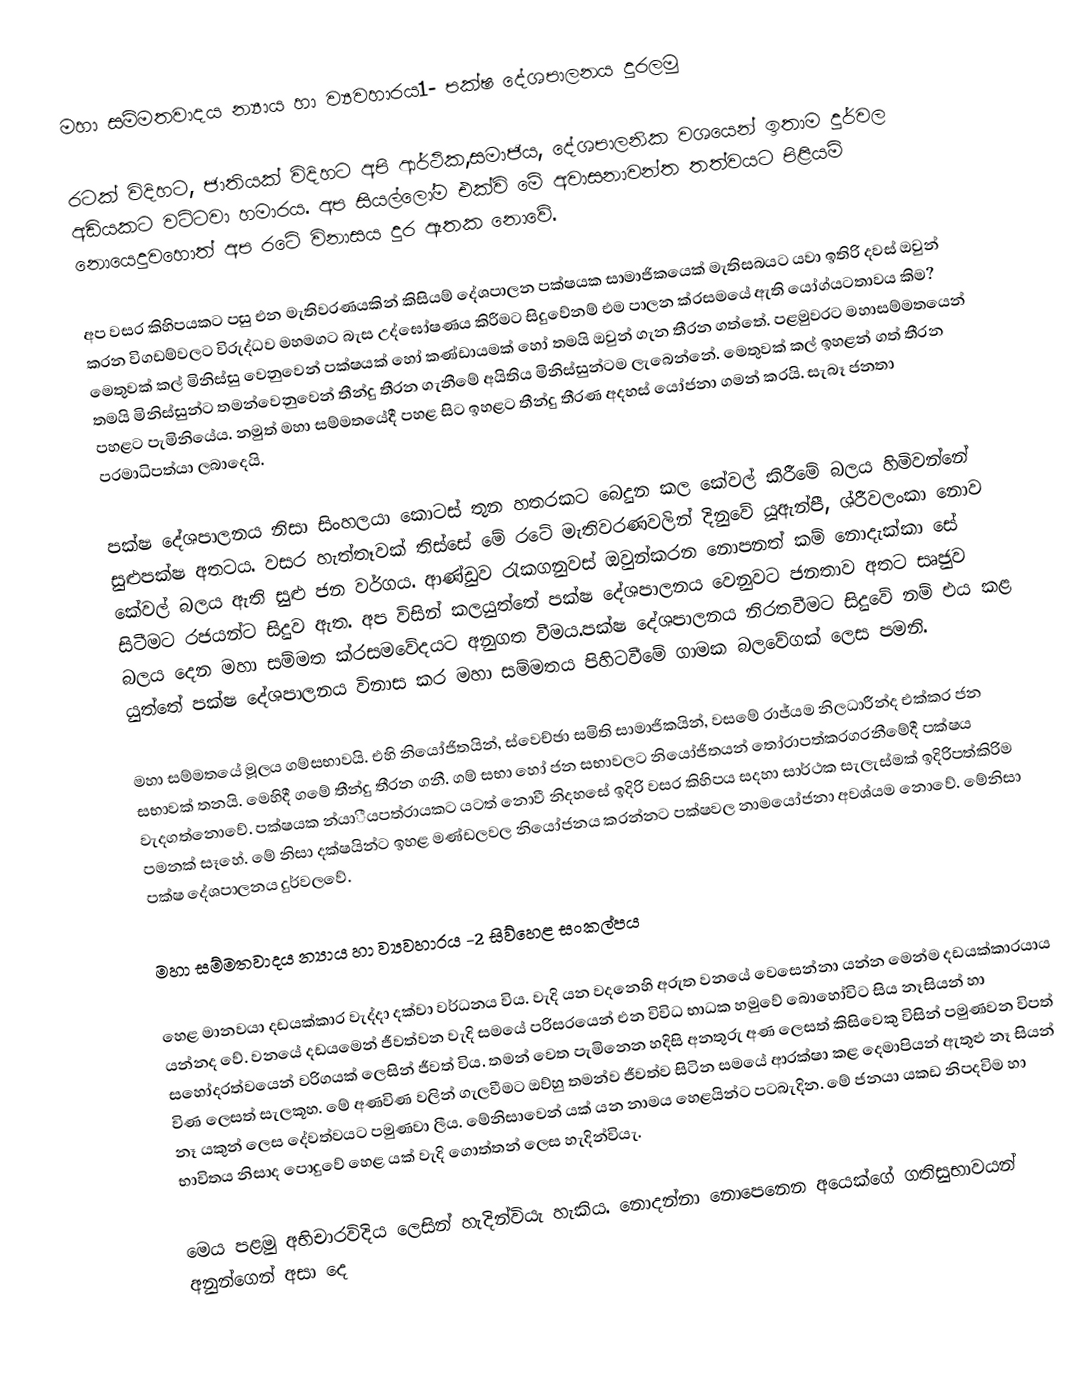
මහා සම්මතවාදය න්‍යාය හා ව්‍යවහාරය1- පක්ෂ දේශපාලනය දුරලමු

රටක් විදිහට, ජාතියක් විදිහට අපි ආර්ථික,සමාජිය, දේශපාලනික වශයෙන් ඉතාම දුර්වල අඩියකට වට්ටවා හමාරය. අප සියල්ලෝම එක්වි මේ අවාසනාවන්ත තත්වයට පිළියම් නොයෙදුවහොත් අප රටේ විනාසය දුර ඈතක නොවේ.

අප වසර කිහිපයකට පසු එන මැතිවරණයකින් කිසියම් දේශපාලන පක්ෂයක සාමාජිකයෙක් මැතිසබයට යවා ඉතිරි දවස් ඔවුන් කරන විගඩම්වලට විරුද්ධව මහමගට බැස උද්ඝෝෂණය කිරීමට සිදුවේනම් එම පාලන ක්රසමයේ ඇති යෝග්යටතාවය කිම? මෙතුවක් කල් මිනිස්සු වෙනුවෙන් පක්ෂයක් හෝ කණ්ඩායමක් හෝ තමයි ඔවුන් ගැන තීරන ගත්තේ. පළමුවරට මහාසම්මතයෙන් තමයි මිනිස්සුන්ට තමන්වෙනුවෙන් තීන්දු තීරන ගැනීමේ අයිතිය මිනිස්සුන්ටම ලැබෙන්නේ. මෙතුවක් කල් ඉහළන් ගත් තීරන පහළට පැමිනියේය. නමුත් මහා සම්මතයේදී පහළ සිට ඉහළට තීන්දු තීරණ අදහස් යෝජනා ගමන් කරයි. සැබෑ ජනතා පරමාධිපත්යා ලබාදෙයි.

පක්ෂ දේශපාලනය නිසා සිංහලයා කොටස් තුන හතරකට බෙදුන කල කේවල් කිරීමේ බලය හිමිවන්නේ සුළුපක්ෂ අතටය. වසර හැත්තෑවක් තිස්සේ මේ රටේ මැතිවරණවලින් දිනුවේ යූඇන්පී, ශ්රීවලංකා නොව කේවල් බලය ඇති සුළු ජන වර්ගය. ආණ්ඩුව රැකගනුවස් ඔවුන්කරන නොපනත් කම් නොදැක්කා සේ සිටීමට රජයන්ට සිදුව ඇත. අප විසින් කලයුත්තේ පක්ෂ දේශපාලනය වෙනුවට ජනතාව අතට සෘජුව බලය දෙන මහා සම්මත ක්රසමවේදයට අනුගත වීමය.පක්ෂ දේශපාලනය නිරතවීමට සිදුවේ නම් එය කළ යුත්තේ පක්ෂ දේශපාලනය විනාස කර මහා සම්මතය පිහිටවීමේ ගාමක බලවේගක් ලෙස පමනි.

මහා සම්මතයේ මූලය ගම්සභාවයි. එහි නියෝජිතයින්, ස්වෙච්ඡා සමිති සාමාජිකයින්, වසමේ රාජ්යම නිලධාරීන්ද එක්කර ජන සභාවක් තනයි. මෙහිදී ගමේ තීන්දු තීරන ගනී. ගම් සභා හෝ ජන සභාවලට නියෝජිතයන් තෝරාපත්කරගරනීමේදී පක්ෂය වැදගත්නොවේ. පක්ෂයක න්යාීයපත්රායකට යටත් නොවී නිදහසේ ඉදිරි වසර කිහිපය සදහා සාර්ථක සැලැස්මක් ඉදිරිපත්කිරිම පමනක් සෑහේ. මේ නිසා දක්ෂයින්ට ඉහළ මණ්ඩලවල නියෝජනය කරන්නට පක්ෂවල නාමයෝජනා අවශ්යම නොවේ. මේනිසා පක්ෂ දේශපාලනය දුර්වලවේ.

මහා සම්මතවාදය න්‍යාය හා ව්‍යවහාරය -2   සිව්හෙළ සංකල්පය

             හෙළ මානවයා දඩයක්කාර වැද්දා දක්වා වර්ධනය විය. වැදි යන වදනෙහි අරුත වනයේ වෙසෙන්නා යන්න මෙන්ම දඩයක්කාරයාය යන්නද වේ. වනයේ දඩයමෙන් ජීවත්වන වැදි සමයේ පරිසරයෙන් එන විවිධ භාධක හමුවේ බොහෝවිට සිය නෑසියන් හා සහෝදරත්වයෙන් වරිගයක් ලෙසින් ජීවත් විය. තමන් වෙත පැමිනෙන හදිසි අනතුරු අණ ලෙසත් කිසිවෙකු විසින් පමුණවන විපත් විණ ලෙසත් සැලකූහ. මේ අණවිණ වලින් ගැලවීමට ඔව්හු තමන්ව ජීවත්ව සිටින සමයේ ආරක්ෂා කළ දෙමාපියන් ඇතුළු නෑ සියන් නෑ යකුන් ලෙස දේවත්වයට පමුණවා ලීය. මේනිසාවෙන් යක් යන නාමය හෙළයින්ට පටබැදින. මේ ජනයා යකඩ නිපදවිම හා භාවිතය නිසාද පොදුවේ  හෙළ යක් වැදි ගොත්තන් ලෙස හැදින්වියැ.

මෙය පළමු අභිචාරවිදිය ලෙසින් හැදින්වියැ  හැකිය. නොදන්නා නොපෙනෙන අයෙක්ගේ ගතිසුභාවයන් අනුන්ගෙන් අසා දෙ